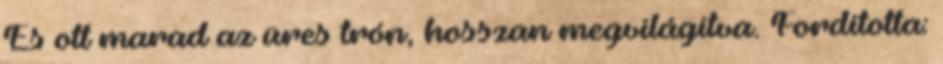
És ott marad az üres trón, hosszan megvilágítva. Fordította: